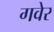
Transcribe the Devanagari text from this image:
गवेर